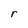
Character: r